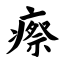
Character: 瘵